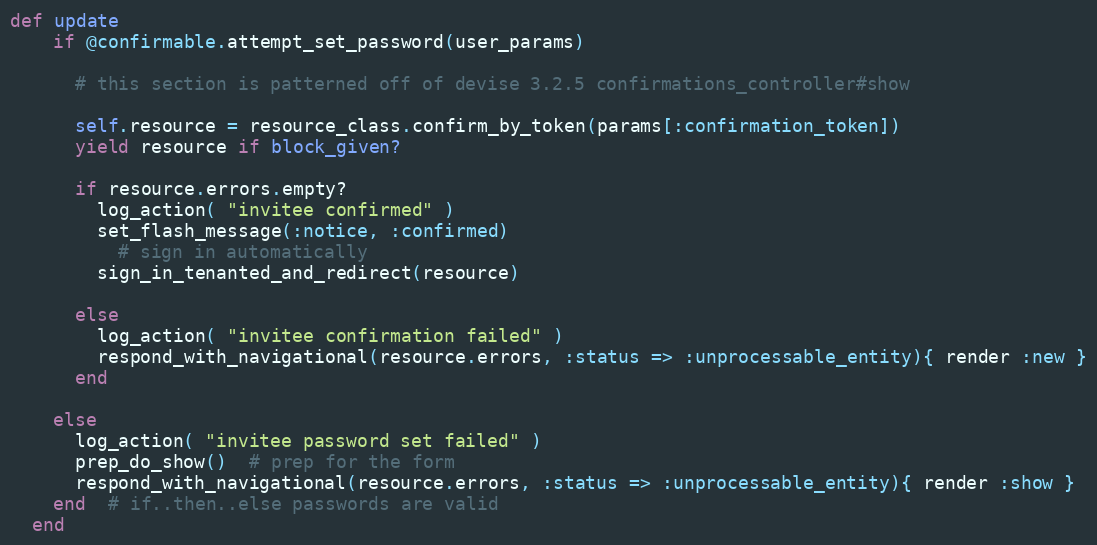
Language: Ruby
def update
    if @confirmable.attempt_set_password(user_params)

      # this section is patterned off of devise 3.2.5 confirmations_controller#show

      self.resource = resource_class.confirm_by_token(params[:confirmation_token])
      yield resource if block_given?

      if resource.errors.empty?
        log_action( "invitee confirmed" )
        set_flash_message(:notice, :confirmed)
          # sign in automatically
        sign_in_tenanted_and_redirect(resource)

      else
        log_action( "invitee confirmation failed" )
        respond_with_navigational(resource.errors, :status => :unprocessable_entity){ render :new }
      end

    else
      log_action( "invitee password set failed" )
      prep_do_show()  # prep for the form
      respond_with_navigational(resource.errors, :status => :unprocessable_entity){ render :show }
    end  # if..then..else passwords are valid
  end